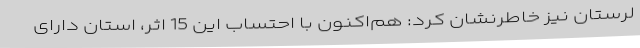
لرستان نیز خاطرنشان کرد: هم‌اکنون با احتساب این 15 اثر، استان دارای